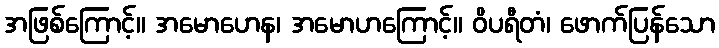
အဖြစ်ကြောင့်။ အမောဟေန၊ အမောဟကြောင့်။ ဝိပရီတံ၊ ဖောက်ပြန်သော